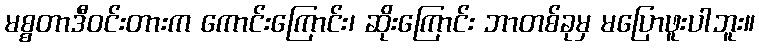
မစ္စတာဒီဝင်းတားက ကောင်းကြောင်း၊ ဆိုးကြောင်း ဘာတစ်ခုမှ မပြောဖူးပါဘူး။